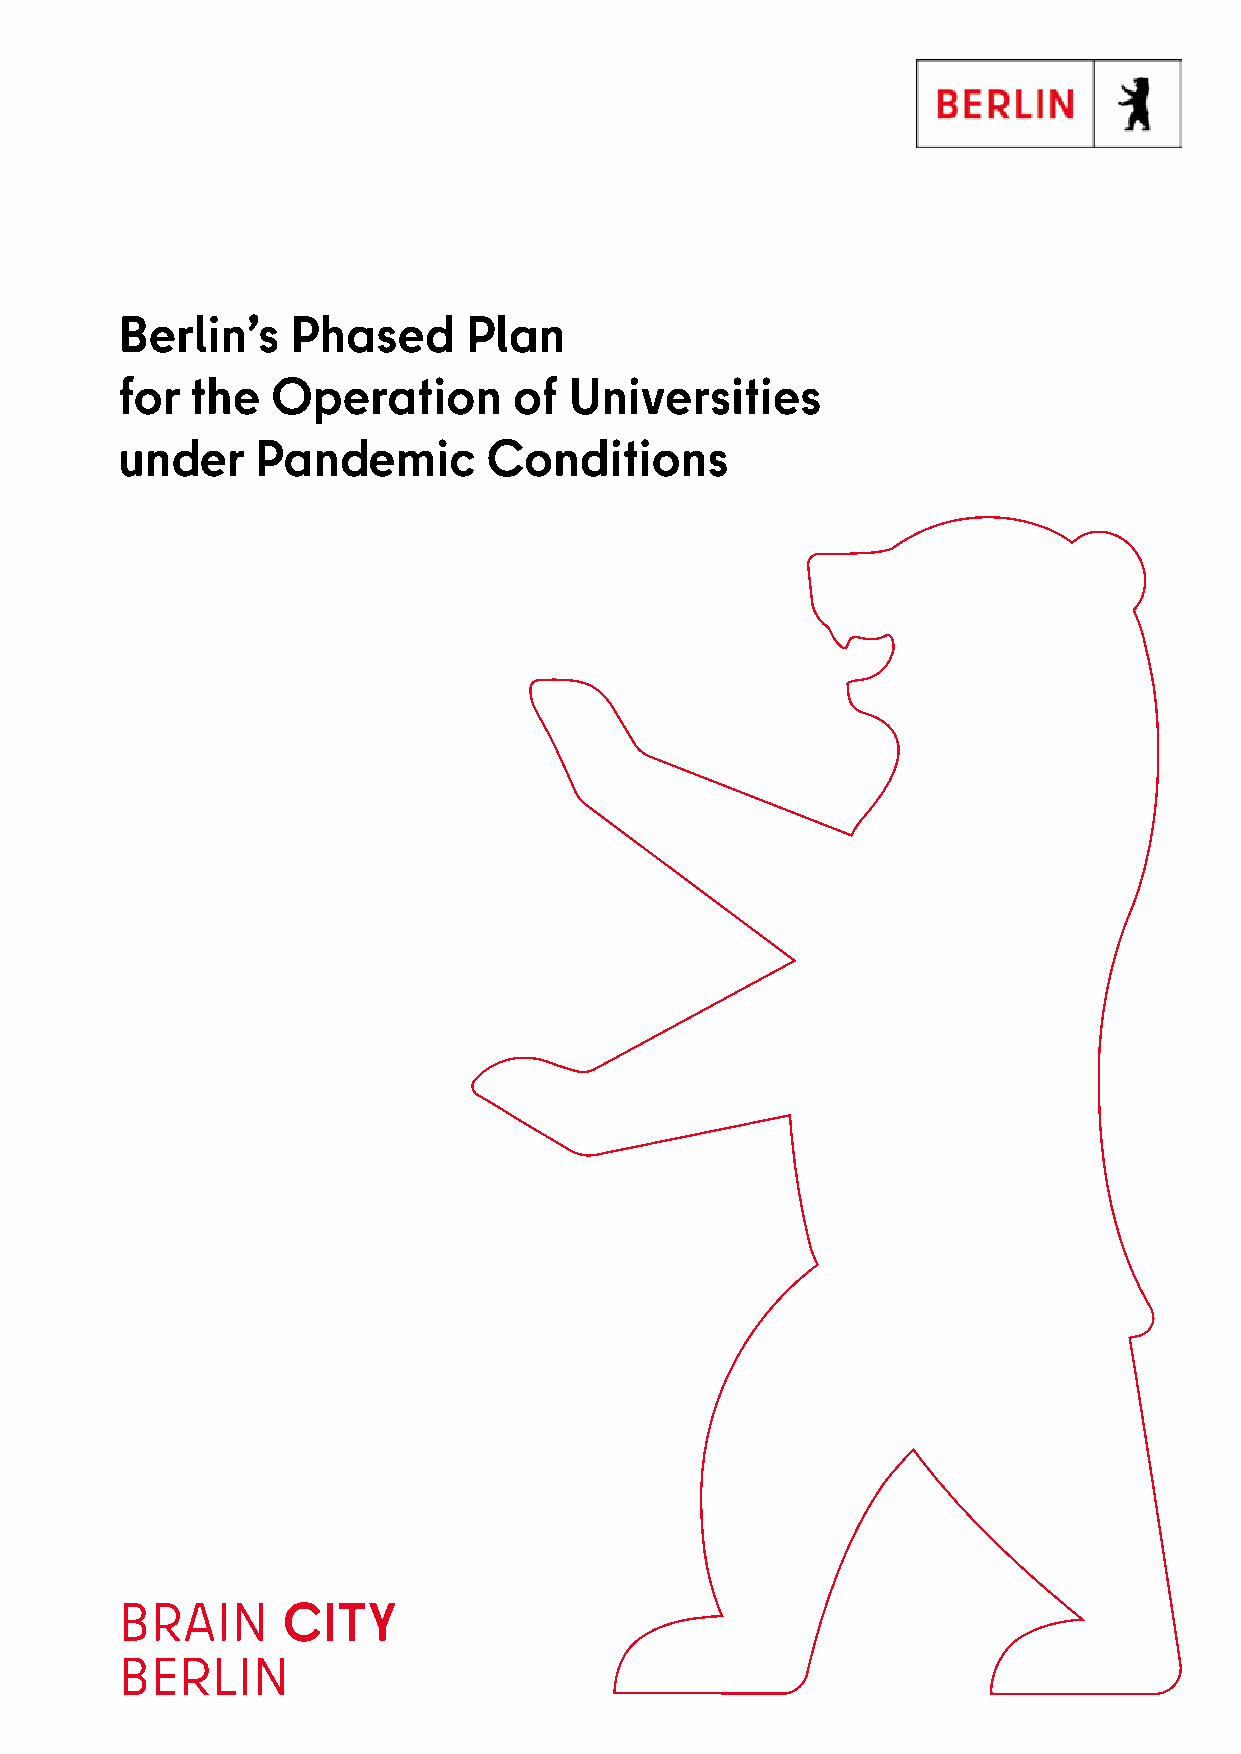
Berlin’s   Phased      Plan
 for  the  Operation       of  Universities
 under    Pandemic       Conditions
 BRAIN      CITY
 BERLIN